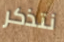
نتذكر